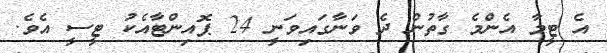
އެ ޓީމާ އެންމެ ގާތުން ދެ ވަނާގައިވަނީ 24 ޕޮއިންޓާއެކު ޓީސީ އެވެ.